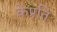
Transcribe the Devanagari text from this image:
केप्रति